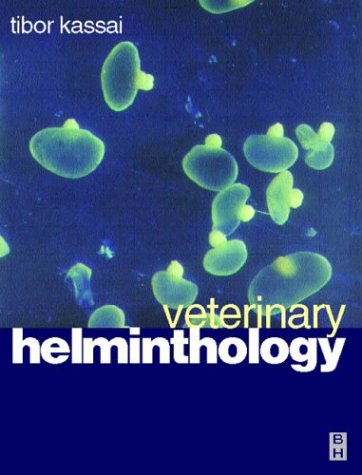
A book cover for Veterinary Helminthology, 3e; Tibor Kassai DVS  CSc  DSc; Medical Books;